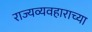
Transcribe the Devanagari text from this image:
राज्यव्यवहाराच्या